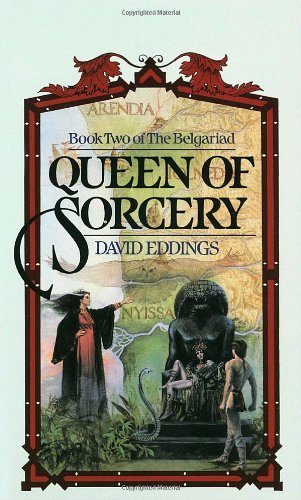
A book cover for Queen of Sorcery (The Belgariad, Book 2); David Eddings; Science Fiction & Fantasy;